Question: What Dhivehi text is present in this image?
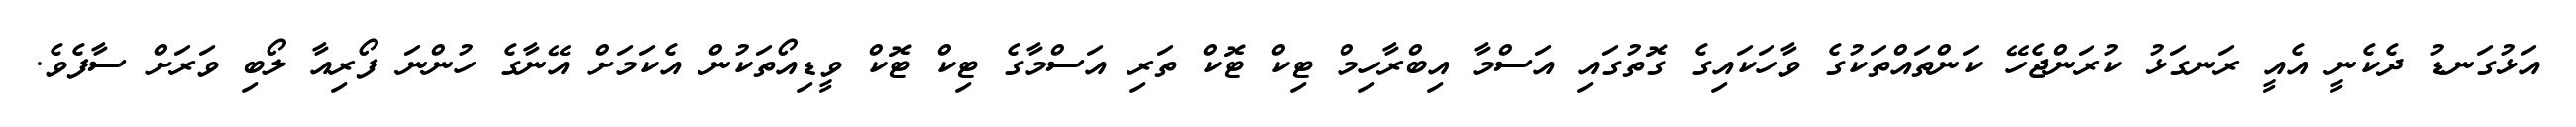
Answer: އަޅުގަނޑު ދެކެނީ އެއީ ރަނގަޅު ކުރަންޖެހޭ ކަންތައްތަކުގެ ވާހަކައިގެ ގޮތުގައި އަސްމާ އިބްރާހިމް ޓިކް ޓޮކް ތަރި އަސްމާގެ ޓިކް ޓޮކް ވީޑިއޯތަކުން އެކަމަށް އޭނާގެ ހުންނަ ފޯރިއާ ލޯބި ވަރަށް ސާފެވެ.